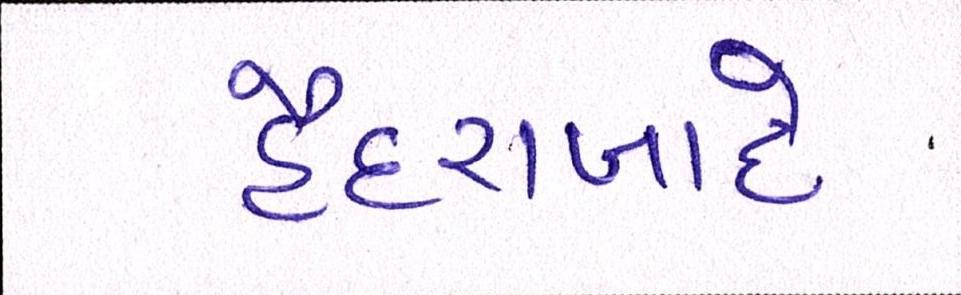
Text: હૈદરાબાદે